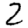
Digit: 2